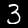
Label: 3